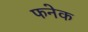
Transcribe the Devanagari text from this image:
फनेक